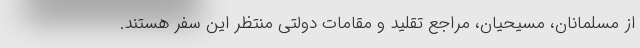
از مسلمانان، مسیحیان، مراجع تقلید و مقامات دولتی منتظر این سفر هستند.